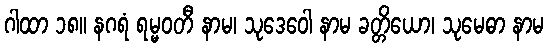
ဂါထာ ၁၈။ နဂရံ ရမ္မဝတီ နာမ၊ သုဒေဝေါ နာမ ခတ္တိယော၊ သုမေဓာ နာမ